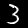
Digit: 3